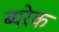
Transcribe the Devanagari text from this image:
ब्यरेक